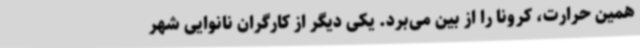
همین حرارت، کرونا را از بین می‌برد. یکی دیگر از کارگران نانوایی‌ شهر